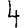
Digit: 4